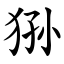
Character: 狲